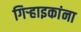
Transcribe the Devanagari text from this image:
गिऱ्हाइकांना